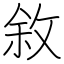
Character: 敘